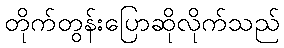
တိုက်တွန်းပြောဆိုလိုက်သည်